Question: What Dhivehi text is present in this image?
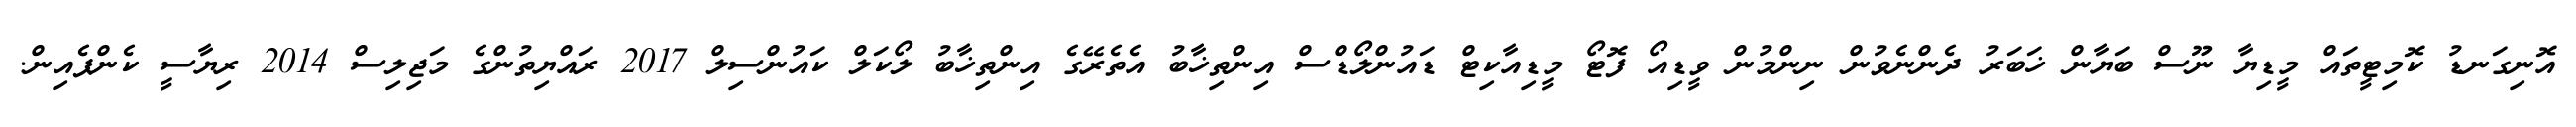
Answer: އޮނިގަނޑު ކޮމިޓީތައް މީޑިޔާ ނޫސް ބަޔާން ޚަބަރު ދެންނެވުން ނިންމުން ވީޑިއޯ ފޮޓޯ މީޑިއާކިޓް ޑައުންލޯޑްސް އިންތިޚާބު އެތެރޭގެ އިންތިޚާބު ލޯކަލް ކައުންސިލް 2017 ރައްޔިތުންގެ މަޖިލިސް 2014 ރިޔާސީ ކެންޕެއިން.